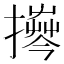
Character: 𱠹